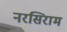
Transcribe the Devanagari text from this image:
नरसिराम